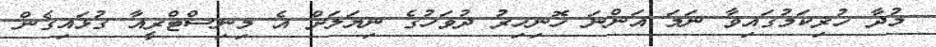
މުދާ ހުރިކަމުގައިވާ ނަމަ އަންނަ ހޮނިހިރު ދުވަހުގެ ނިޔަލަށް އެ މިނިސްޓްރީއާ ގުޅައިގެން